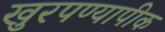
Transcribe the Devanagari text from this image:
खुरपण्यापीक